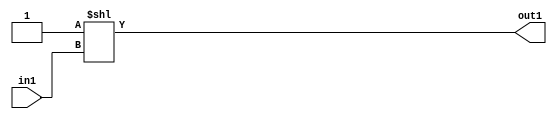
`timescale 1ps / 1ps
/*****************************************************************************
    Verilog RTL Description
    
    
    Created by: Stratus DpOpt 2019.1.01 
*******************************************************************************/

module DC_Filter_DECODE_1024U_14_4 (
	in1,
	out1
	); /* architecture "behavioural" */ 
input [9:0] in1;
output [1023:0] out1;
wire [1023:0] asc001;

assign asc001 = 1024'B0000000000000000000000000000000000000000000000000000000000000000000000000000000000000000000000000000000000000000000000000000000000000000000000000000000000000000000000000000000000000000000000000000000000000000000000000000000000000000000000000000000000000000000000000000000000000000000000000000000000000000000000000000000000000000000000000000000000000000000000000000000000000000000000000000000000000000000000000000000000000000000000000000000000000000000000000000000000000000000000000000000000000000000000000000000000000000000000000000000000000000000000000000000000000000000000000000000000000000000000000000000000000000000000000000000000000000000000000000000000000000000000000000000000000000000000000000000000000000000000000000000000000000000000000000000000000000000000000000000000000000000000000000000000000000000000000000000000000000000000000000000000000000000000000000000000000000000000000000000000000000000000000000000000000000000000000000000000000000000000000000000000000000000000000000000000000000000000000000000000000001
    << in1;

assign out1 = asc001;
endmodule

/* CADENCE  urTySADZ : u9/ySgnWtBlWxVPRXgAZ4Og= ** DO NOT EDIT THIS LINE ******/